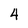
Character: 4